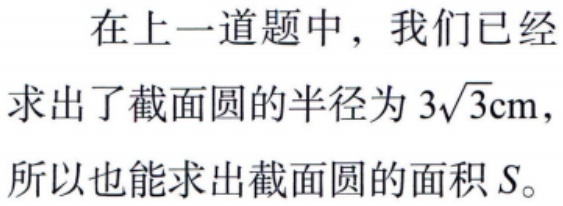
在上一道题中，我们已经求出了截面圆的半径为 \(3\sqrt{3}\mathrm{cm}\)，所以也能求出截面圆的面积 \(S\)。